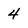
Character: 4